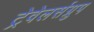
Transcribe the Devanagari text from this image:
ट्रेवेलर्सग्रुप